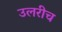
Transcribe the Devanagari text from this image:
उलरीच